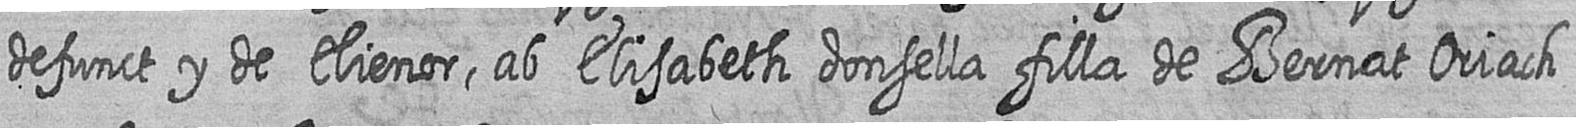
defunct y de Elienor ab Elisabeth donsella filla de Bernat Oriach